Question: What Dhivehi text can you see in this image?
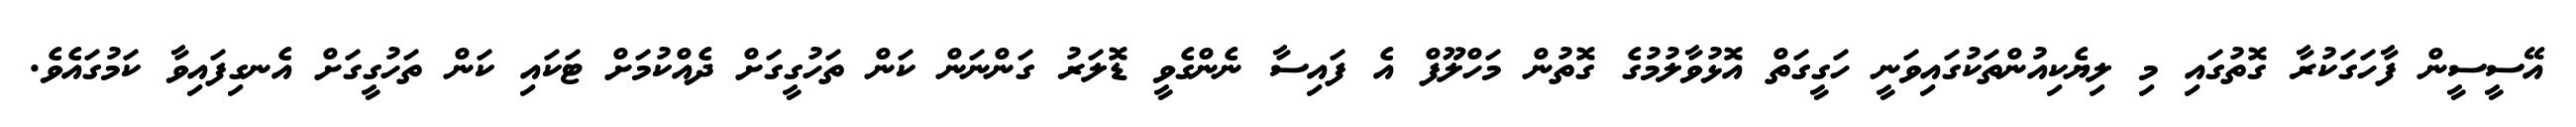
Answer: އޭސީސީން ފާހަގަކުރާ ގޮތުގައި މި ލިޔެކިއުންތަކުގައިވަނީ ހަގީގަތް އޮޅުވާލުމުގެ ގޮތުން މަހްލޫފް އެ ފައިސާ ނެންގެވީ ޑޮލަރު ގަންނަން ކަން ތަހުގީގަށް ދެއްކުމަށް ޓަކައި ކަން ތަހުގީގަށް އެނގިފައިވާ ކަމުގައެވެ.